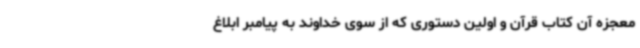
معجزه آن کتاب قرآن و اولین دستوری که از سوی خداوند به پیامبر ابلاغ